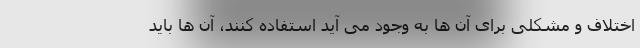
اختلاف و مشکلی برای آن ها به وجود می آید استفاده کنند، آن ها باید